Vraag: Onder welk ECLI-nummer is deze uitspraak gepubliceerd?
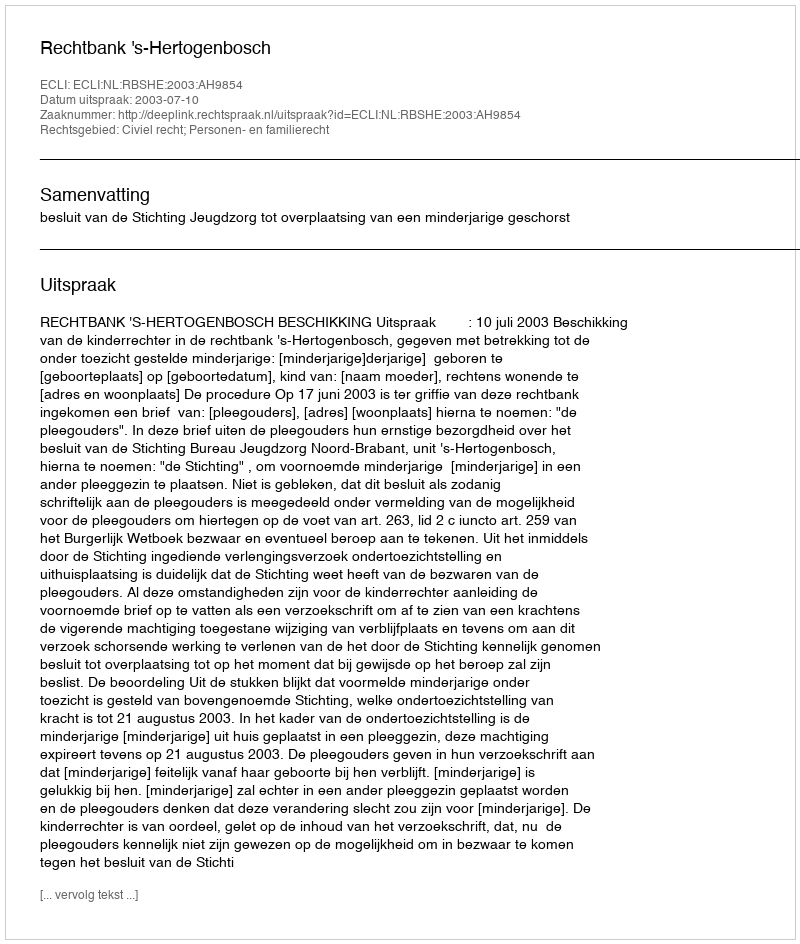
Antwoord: ECLI:NL:RBSHE:2003:AH9854